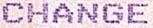
CHANGE